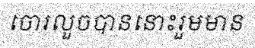
ចោរលួចបាននោះរួមមាន